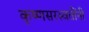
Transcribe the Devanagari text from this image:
कृष्णसरस्वतींनी